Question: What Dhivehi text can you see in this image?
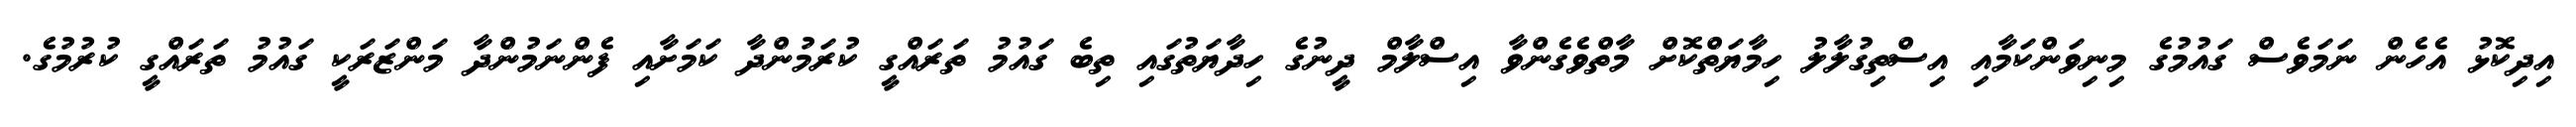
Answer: އިދިކޮޅު އެހެން ނަމަވެސް ގައުމުގެ މިނިވަންކަމާއި އިސްތިގުލާލު ހިމާޔަތްކޮށް މާތްވެގެންވާ އިސްލާމް ދީނުގެ ހިދާޔަތުގައި ތިބެ ގައުމު ތަރައްގީ ކުރަމުންދާ ކަމަށާއި ފެންނަމުންދާ މަންޒަރަކީ ގައުމު ތަރައްގީ ކުރުމުގެ.